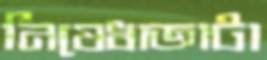
নিষেধাজ্ঞাটা